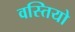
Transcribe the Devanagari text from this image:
वस्तियो